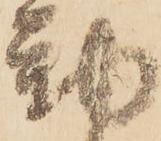
動